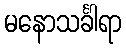
မနောသင်္ခါရာ